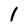
Character: 1